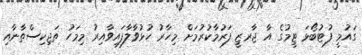
ގައުމީ ފުޓުބޯޅަ ޓީމުގެ އާ ޖާރޒީ ފަރުމާކުރުމަށް މިހާރު ހުޅުވާލާފައިވާއިރު މިމަހު ތަޖިކިސްތާނާއި